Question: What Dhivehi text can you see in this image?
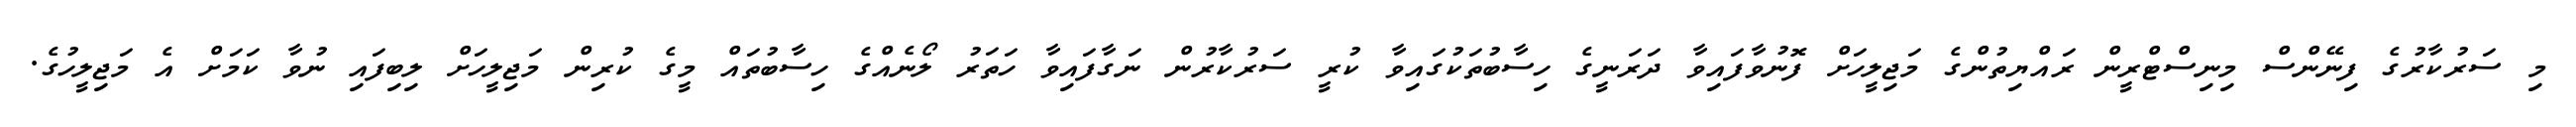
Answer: މި ސަރުކާރުގެ ފިނޭންސް މިނިސްޓްރީން ރައްޔިތުންގެ މަޖިލީހަށް ފޮނުވާފައިވާ ދަރަނީގެ ހިސާބުތަކުގައިވާ ކުރީ ސަރުކާރުން ނަގާފައިވާ ހަތަރު ލޯނެއްގެ ހިސާބުތައް މީގެ ކުރިން މަޖިލީހަށް ލިބިފައި ނުވާ ކަމަށް އެ މަޖިލީހުގެ.